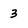
Character: 3